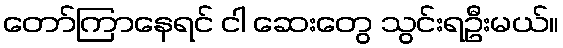
တော်ကြာနေရင် ငါ ဆေးတွေ သွင်းရဦးမယ်။